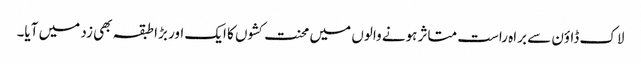
لاک ڈاؤن سے براہ راست متاثر ہونے والوں میں محنت کشوں کا ایک اور بڑا طبقہ بھی زد میں آیا۔